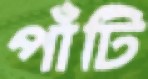
পাঁটি